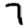
Digit: 7